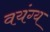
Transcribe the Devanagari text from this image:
वयंग्य